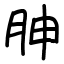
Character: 胂